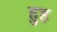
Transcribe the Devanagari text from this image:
हुह